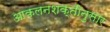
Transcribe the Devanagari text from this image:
आकलनशक्तीनुसार